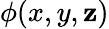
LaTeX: \phi(x,y,\mathbf{z})